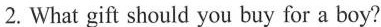
2.What gift shouid you buy for a boy?